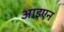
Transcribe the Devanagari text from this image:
आइएन